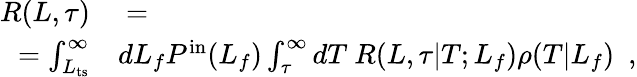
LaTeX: \begin{array}{rl}{R(L,\tau)}&{{}=}\\ {=\int_{L_{\mathrm{ts}}}^{\infty}}&{{}dL_{f}P^{\mathrm{in}}(L_{f})\int_{\tau}^{\infty}dT\ R(L,\tau|T;L_{f})\rho(T|L_{f})\ \ ,}\end{array}